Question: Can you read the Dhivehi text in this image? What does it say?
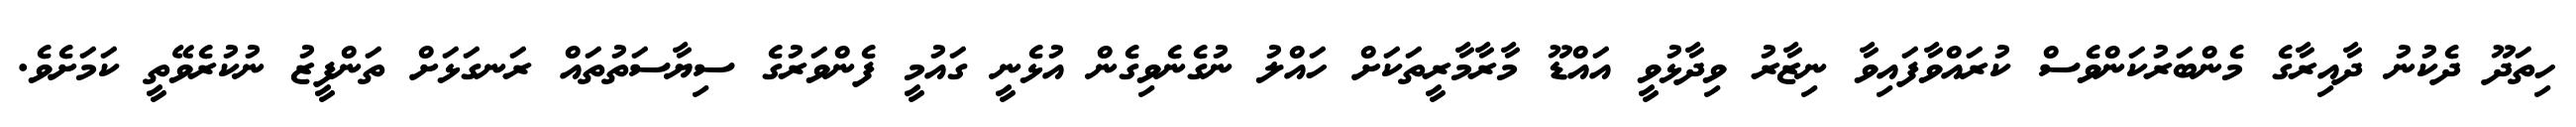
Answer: ހިތަދޫ ދެކުނު ދާއިރާގެ މެންބަރުކަންވެސް ކުރައްވާފައިވާ ނިޒާރު ވިދާޅުވީ އައްޑޫ މާރާމާރީތަކަށް ހައްލު ނުގެނެވިގެން އުޅެނީ ގައުމީ ފެންވަރުގެ ސިޔާސަތުތައް ރަނގަޅަށް ތަންފީޒު ނުކުރެވޭތީ ކަމަށެވެ.